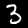
Label: 3